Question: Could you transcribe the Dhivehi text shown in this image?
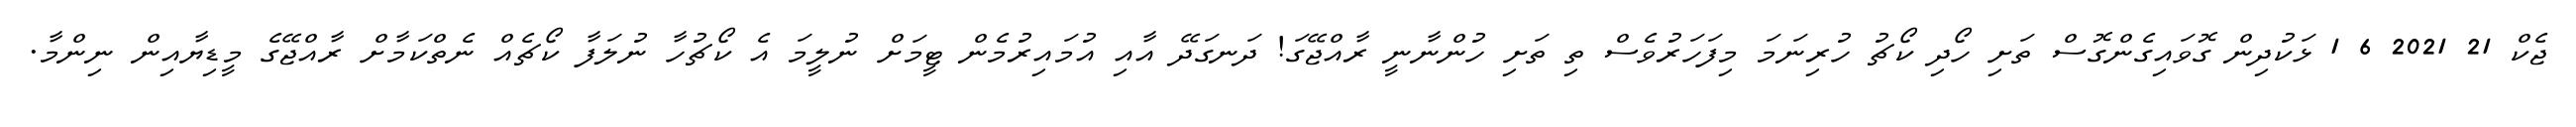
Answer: ޖެކް 21 2021 6 1 ޅަކުދިން ގޮވައިގެންގޮސް ތަށި ހޯދި ކޯޗު ހުރިނަމަ މިފަހަރުވެސް ތި ތަށި ހުންނާނީ ރާއްޖޭގަ! ދަނގަދޭ އާއި އުމައިރުމެން ޓީމަށް ނުލީމަ އެ ކޯޗުހާ ނުލަފާ ކޯޗެއް ނެތްކަމާށް ރާއްޖޭގެ މީޑިޔާއިން ނިންމާ.